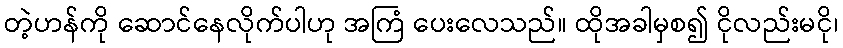
တဲ့ဟန်ကို ဆောင်နေလိုက်ပါဟု အကြံ ပေးလေသည်။ ထိုအခါမှစ၍ ငိုလည်းမငို၊